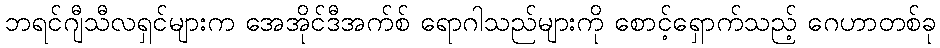
ဘရင်ဂျီသီလရှင်များက အေအိုင်ဒီအက်စ် ရောဂါသည်များကို စောင့်ရှောက်သည့် ဂေဟာတစ်ခု